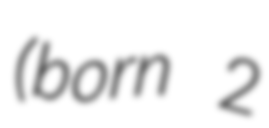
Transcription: (born 2